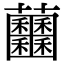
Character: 𧆕